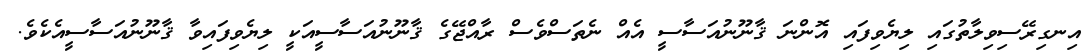
އިނގިރޭސިވިލާތުގައި ލިޔެވިފައި އޮންނަ ޤާނޫނުއަސާސީ އެއް ނެތަސްވެސް ރާއްޖޭގެ ޤާނޫނުއަސާސީއަކީ ލިޔެވިފައިވާ ޤާނޫނުއަސާސީއެކެވެ.